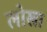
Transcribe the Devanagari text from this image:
लोखा